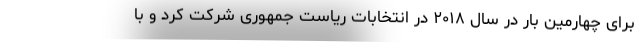
برای چهارمین بار در سال ۲۰۱۸ در انتخابات ریاست جمهوری شرکت کرد و با